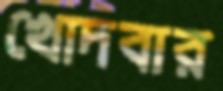
খোদবার